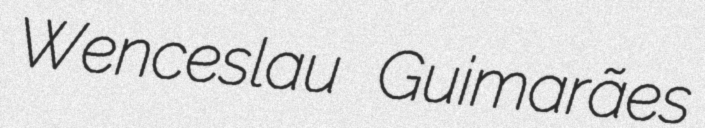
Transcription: Wenceslau Guimarães